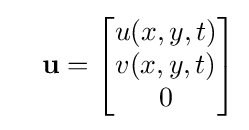
\quad \mathbf {u} ={\begin{bmatrix}u(x,y,t)\\v(x,y,t)\\0\end{bmatrix}}